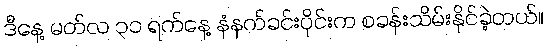
ဒီနေ့ မတ်လ ၃၁ ရက်နေ့ နံနက်ခင်းပိုင်းက စခန်းသိမ်းနိုင်ခဲ့တယ်။